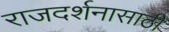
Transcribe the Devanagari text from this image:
राजदर्शनासाठी